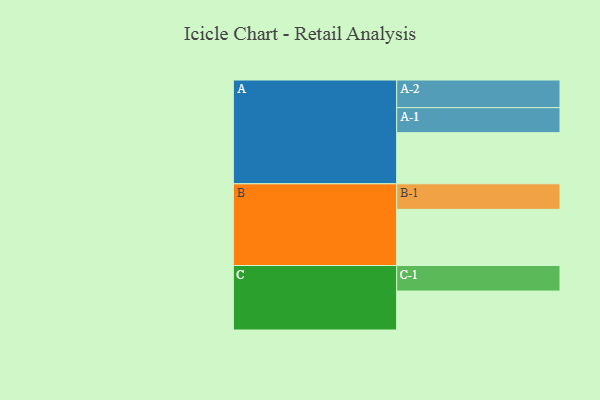
{"axis": {"x": "Segment", "y": "Value"}, "legend": ["", "A", "B", "C"], "data": [{"x": "A", "y": 544, "type": ""}, {"x": "B", "y": 597, "type": ""}, {"x": "C", "y": 414, "type": ""}, {"x": "A-1", "y": 266, "type": "A"}, {"x": "A-2", "y": 294, "type": "A"}, {"x": "B-1", "y": 272, "type": "B"}, {"x": "C-1", "y": 272, "type": "C"}]}